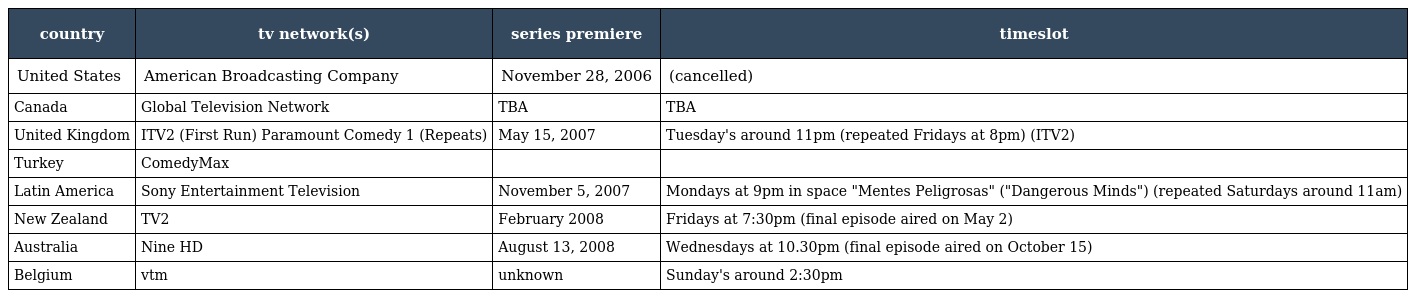
| country | tv network(s) | series premiere | timeslot |
 | --- | --- | --- | --- |
 | United States | American Broadcasting Company | November 28, 2006 | (cancelled) |
 | Canada | Global Television Network | TBA | TBA |
 | United Kingdom | ITV2 (First Run) Paramount Comedy 1 (Repeats) | May 15, 2007 | Tuesday's around 11pm (repeated Fridays at 8pm) (ITV2) |
 | Turkey | ComedyMax |  |  |
 | Latin America | Sony Entertainment Television | November 5, 2007 | Mondays at 9pm in space "Mentes Peligrosas" ("Dangerous Minds") (repeated Saturdays around 11am) |
 | New Zealand | TV2 | February 2008 | Fridays at 7:30pm (final episode aired on May 2) |
 | Australia | Nine HD | August 13, 2008 | Wednesdays at 10.30pm (final episode aired on October 15) |
 | Belgium | vtm | unknown | Sunday's around 2:30pm |